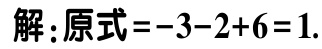
解：原式\(=-3 - 2 + 6 = 1\).